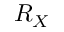
R _ { X }